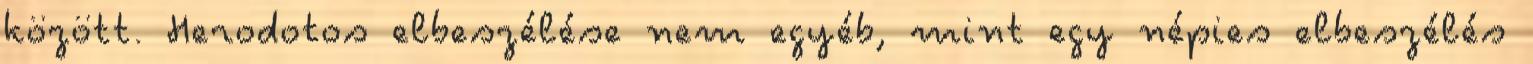
között. Herodotos elbeszélése nem egyéb, mint egy népies elbeszélés